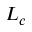
L _ { c }